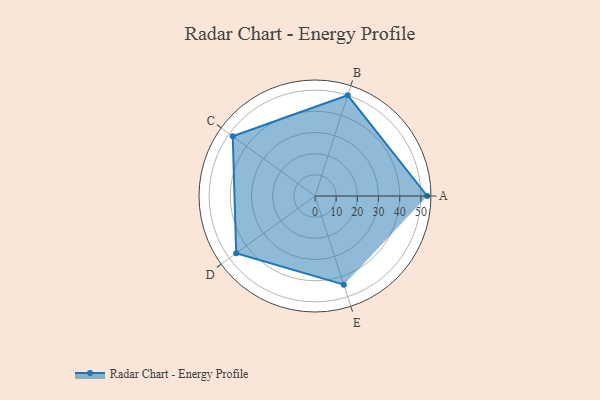
{"axis": {"x": "Skill", "y": "Score"}, "legend": ["Profile"], "data": [{"x": "A", "y": 53.0, "type": "Profile"}, {"x": "B", "y": 50.0, "type": "Profile"}, {"x": "C", "y": 48.0, "type": "Profile"}, {"x": "D", "y": 46.0, "type": "Profile"}, {"x": "E", "y": 44.0, "type": "Profile"}]}